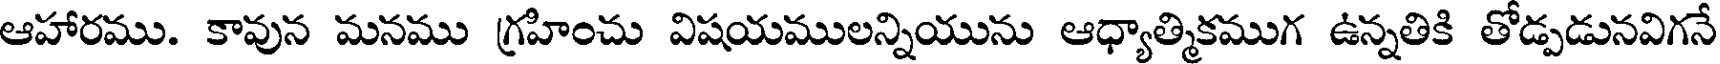
ఆహారము. కావున మనము గ్రహించు విషయములన్నియును ఆధ్యాత్మికముగ ఉన్నతికి తోడ్పడునవిగనే